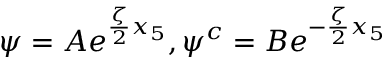
\psi = A e ^ { \frac { \zeta } { 2 } x _ { 5 } } , \psi ^ { c } = B e ^ { - \frac { \zeta } { 2 } x _ { 5 } }